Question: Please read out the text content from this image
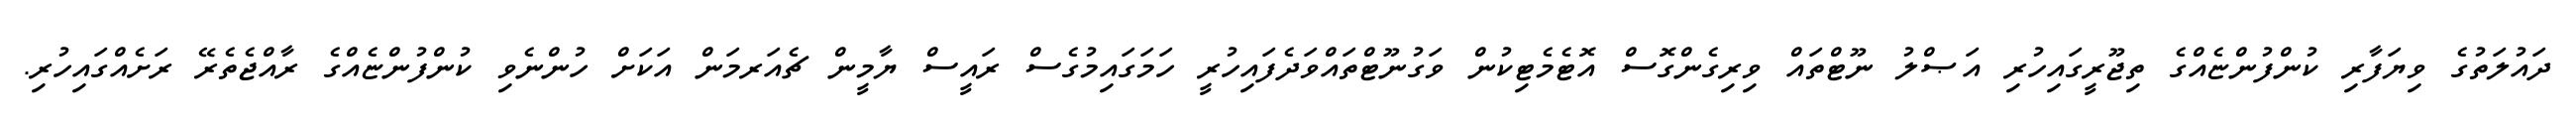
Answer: ދައުލަތުގެ ވިޔަފާރި ކުންފުންޏެއްގެ ތިޖޫރީގައިހުރި އަޞްލު ނޫޓްތައް ވިރިގެންގޮސް އޮޓެމެޓިކުން ވަގުނޫޓްތައްވަދެފައިހުރީ ހަމަގައިމުގެސް ރައީސް ޔާމީން ޗެއަރމަން އަކަށް ހުންނެވި ކުންފުންޏެއްގެ ރާއްޖެތެރޭ ރަށެއްގައިހުރި.